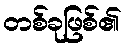
တစ်ခုဖြစ်၏